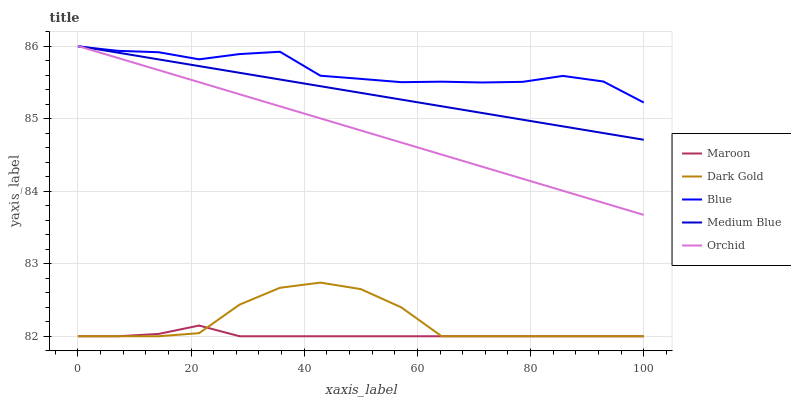
| xaxis_label | Maroon | Dark Gold | Blue | Medium Blue | Orchid |
 | --- | --- | --- | --- | --- | --- |
 | 0 | 82 | 82 | 86 | 86 | 86 |
 | 7.14 | 82 | 82 | 85.9 | 85.9 | 85.8 |
 | 14.3 | 82 | 82 | 85.9 | 85.8 | 85.7 |
 | 21.4 | 82.1 | 82 | 85.8 | 85.7 | 85.5 |
 | 28.6 | 82 | 82.4 | 85.9 | 85.6 | 85.3 |
 | 35.7 | 82 | 82.7 | 85.9 | 85.5 | 85.2 |
 | 42.9 | 82 | 82.7 | 85.6 | 85.4 | 85 |
 | 50 | 82 | 82.6 | 85.5 | 85.4 | 84.8 |
 | 57.1 | 82 | 82.4 | 85.5 | 85.3 | 84.7 |
 | 64.3 | 82 | 82 | 85.5 | 85.2 | 84.5 |
 | 71.4 | 82 | 82 | 85.5 | 85.1 | 84.3 |
 | 78.6 | 82 | 82 | 85.5 | 85 | 84.2 |
 | 85.7 | 82 | 82 | 85.6 | 84.9 | 84 |
 | 92.9 | 82 | 82 | 85.5 | 84.8 | 83.8 |
 | 100 | 82 | 82 | 85.2 | 84.7 | 83.7 |